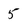
Character: 5